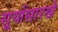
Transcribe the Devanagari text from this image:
सूर्यासारखे